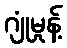
ဂျုံမှုန့်